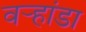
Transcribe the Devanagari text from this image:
वर्‍हांडा